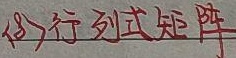
(8) 行列式矩阵